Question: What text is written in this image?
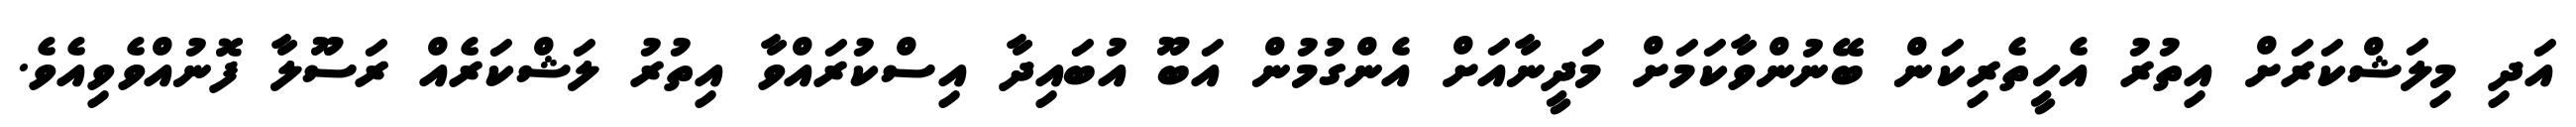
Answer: އަދި މިލަޝްކަރަށް އިތުރު އެހީތެރިކަން ބޭނުންވާކަމަށް މަދީނާއަށް އެންގުމުން އަބޫ އުބައިދާ އިސްކުރައްވާ އިތުރު ލަޝްކަރެއް ރަސޫލާ ފޮނުއްވެވިއެވެ.